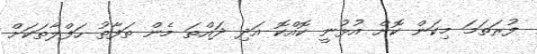
ފުރަތަމަ މިކަން ކޮށް އުޅުނީ ކޮއްކޮ އަދި ދައްތަ މެން ތަފާތު ހަފްލާތަކަށް